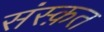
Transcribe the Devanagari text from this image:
संस्‍क़त